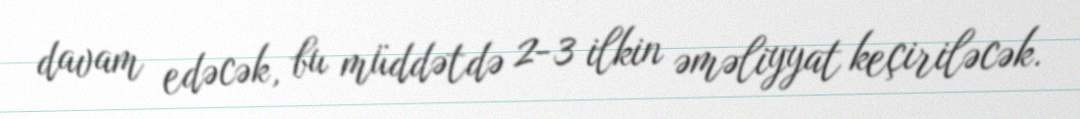
davam edəcək, bu müddətdə 2-3 ilkin əməliyyat keçiriləcək.